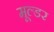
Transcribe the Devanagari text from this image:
मूल्डर